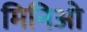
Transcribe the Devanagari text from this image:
मिनिओ